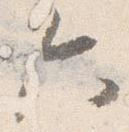
六